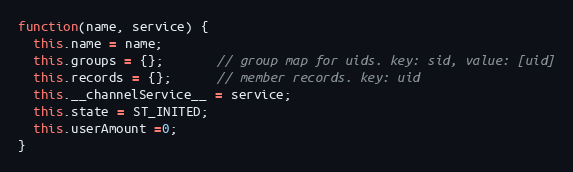
Language: JavaScript
function(name, service) {
  this.name = name;
  this.groups = {};       // group map for uids. key: sid, value: [uid]
  this.records = {};      // member records. key: uid
  this.__channelService__ = service;
  this.state = ST_INITED;
  this.userAmount =0;
}